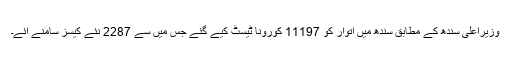
وزیراعلیٰ سندھ کے مطابق سندھ میں اتوار کو 11197 کورونا ٹیسٹ کیے گئے جس میں سے 2287 نئے کیسز سامنے آئے۔